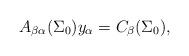
LaTeX: \begin{align*} A_{\beta\alpha}({\Sigma_0})y_{\alpha} = C_\beta({\Sigma_0}), \end{align*}